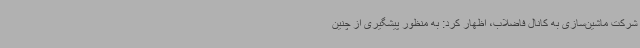
شرکت ماشین‌سازی به کانال فاضلاب، اظهار کرد: به منظور پیشگیری از چنین